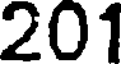
201